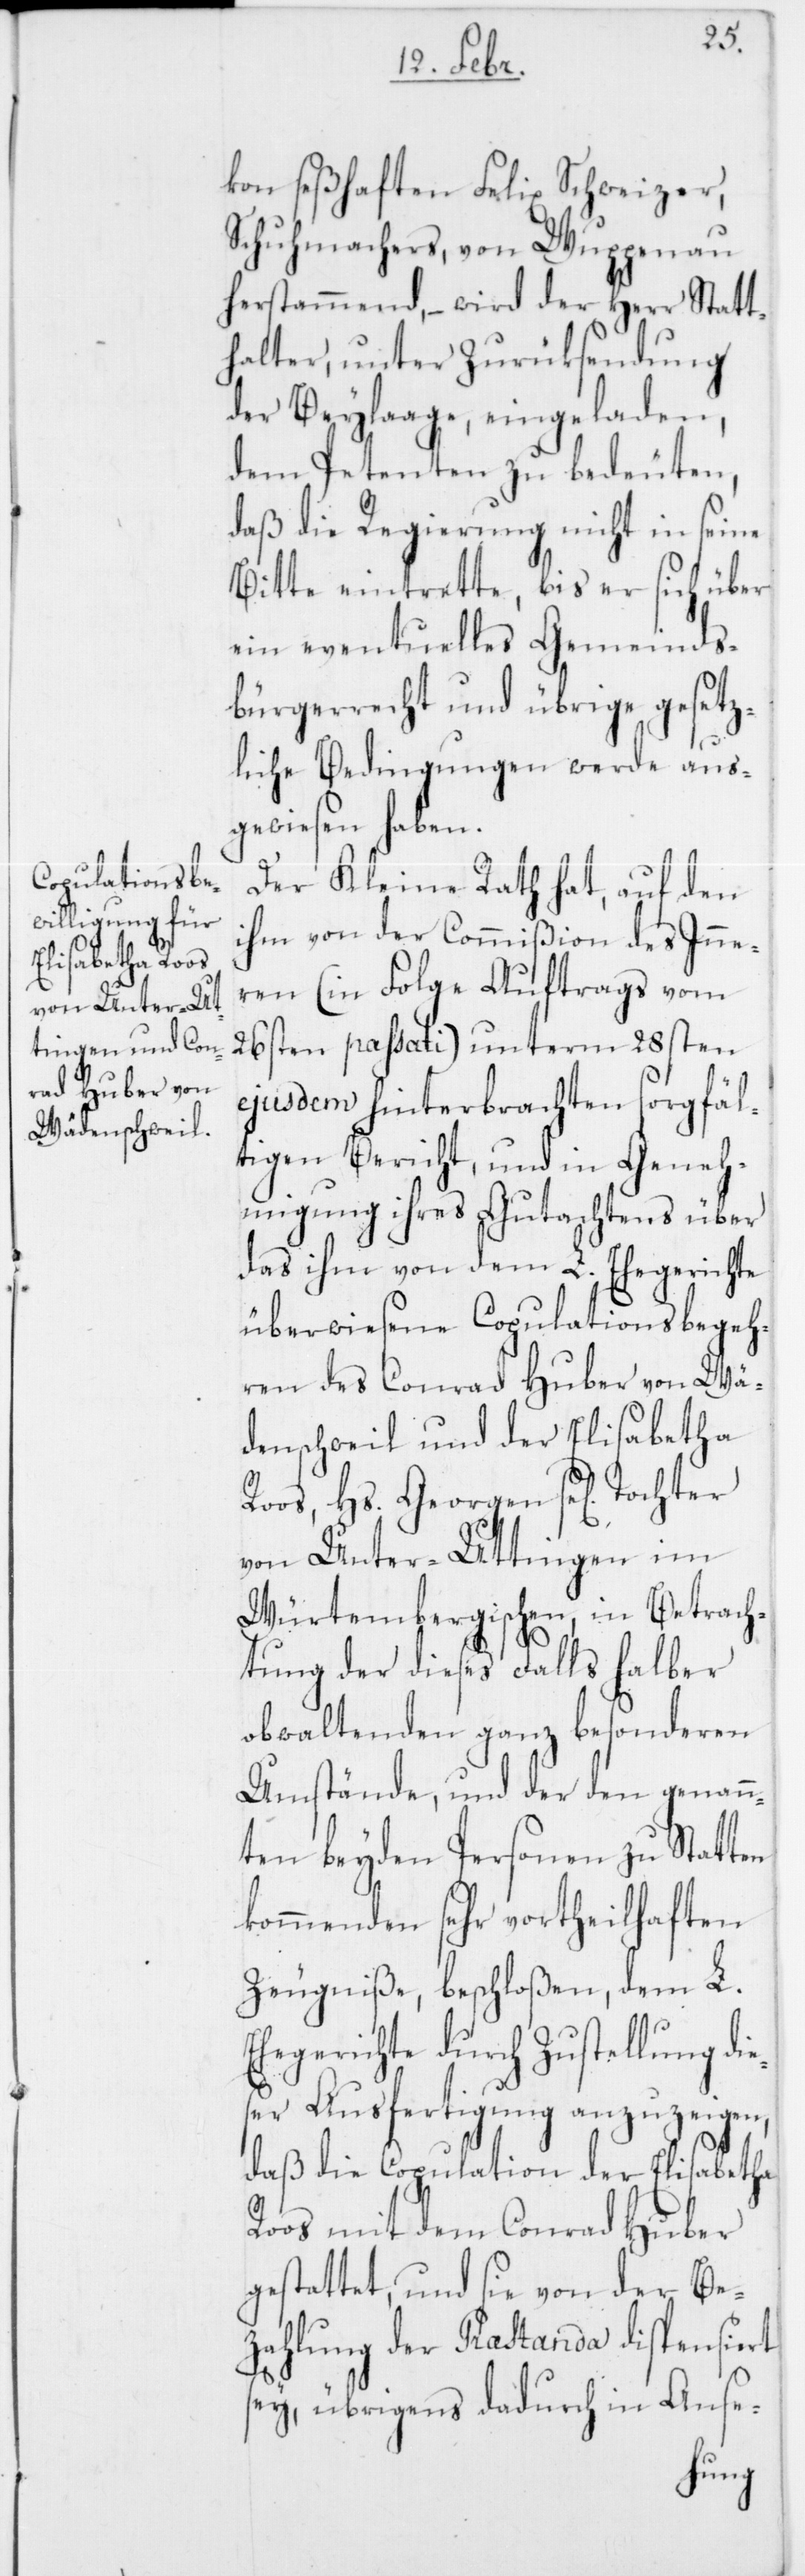
kon seßhaften Felix Schweizer,
Schuhmachers, von Wuppenau
herstammend, – wird der Herr Statt¬
halter, unter Zurüksendung
der Beylaage, eingeladen,
dem Petenten zu bedeuten,
daß die Regierung nicht in seine
Bitte eintrette, bis er sich über
ein eventuelles Gemeinds¬
bürgerrecht und übrige gesetz¬
liche Bedingungen werde aus¬
gewiesen haben.
Der Kleine Rath hat, auf den
ihm von der Commißion des Inne¬
ren (in Folge Auftrags vom
26sten passati) unterm 28sten
ejusdem hinterbrachten sorgfäl¬
tigen Bericht, und in Geneh¬
migung ihres Gutachtens über
das ihm von dem L. Ehegerichte
überwiesene Copulationsbegeh¬
ren des Conrad Huber von Wä¬
denschweil und der Elisabetha
Roos, Hs. Georgen se[lig]
von Unter-Uttingen im
Würtembergischen, in Betrach¬
tung der dieses Falls halber
obwaltenden ganz besonderen
Umstände, und der den genann¬
ten beyden Personen zu Statten
kommenden sehr vortheilhaften
Zeugniße, beschloßen, dem L.
Ehegerichte durch Zustellung die¬
ser Ausfertigung anzuzeigen,
daß die Copulation der Elisabetha
Roos mit dem Conrad Huber
gestattet, und sie von der Be¬
zahlung der Prastanda dispensiert
sey, übrigens dadurch in Anse-